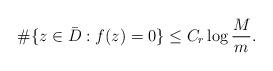
LaTeX: \begin{align*} \#\{z\in \bar D:f(z)=0\} \le C_r \log\frac M m. \end{align*}